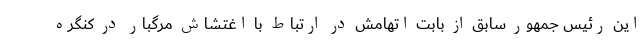
این رئیس جمهور سابق از بابت اتهامش در ارتباط با اغتشاش مرگبار در کنگره